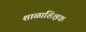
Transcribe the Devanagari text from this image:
शाळाशिक्षक